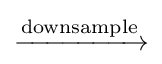
\xrightarrow {\text{downsample}}